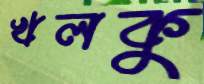
খলকু